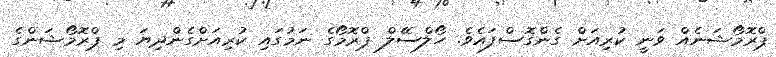
ޕްރޮމޯޝަނެއް ވަނީ ކުރިއަށް ގެންގޮސްފައެވެ. ހޯލްސޭލް ޕްރޮމޯގެ ނަމުގައި ކުރިއަށްގެންދިޔަ މި ޕްރޮމޯޝަންގެ